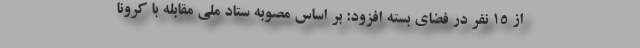
از ۱۵ نفر در فضای بسته افزود: بر اساس مصوبه ستاد ملی مقابله با کرونا